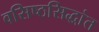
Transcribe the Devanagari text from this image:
वसिष्ठसिद्धांत